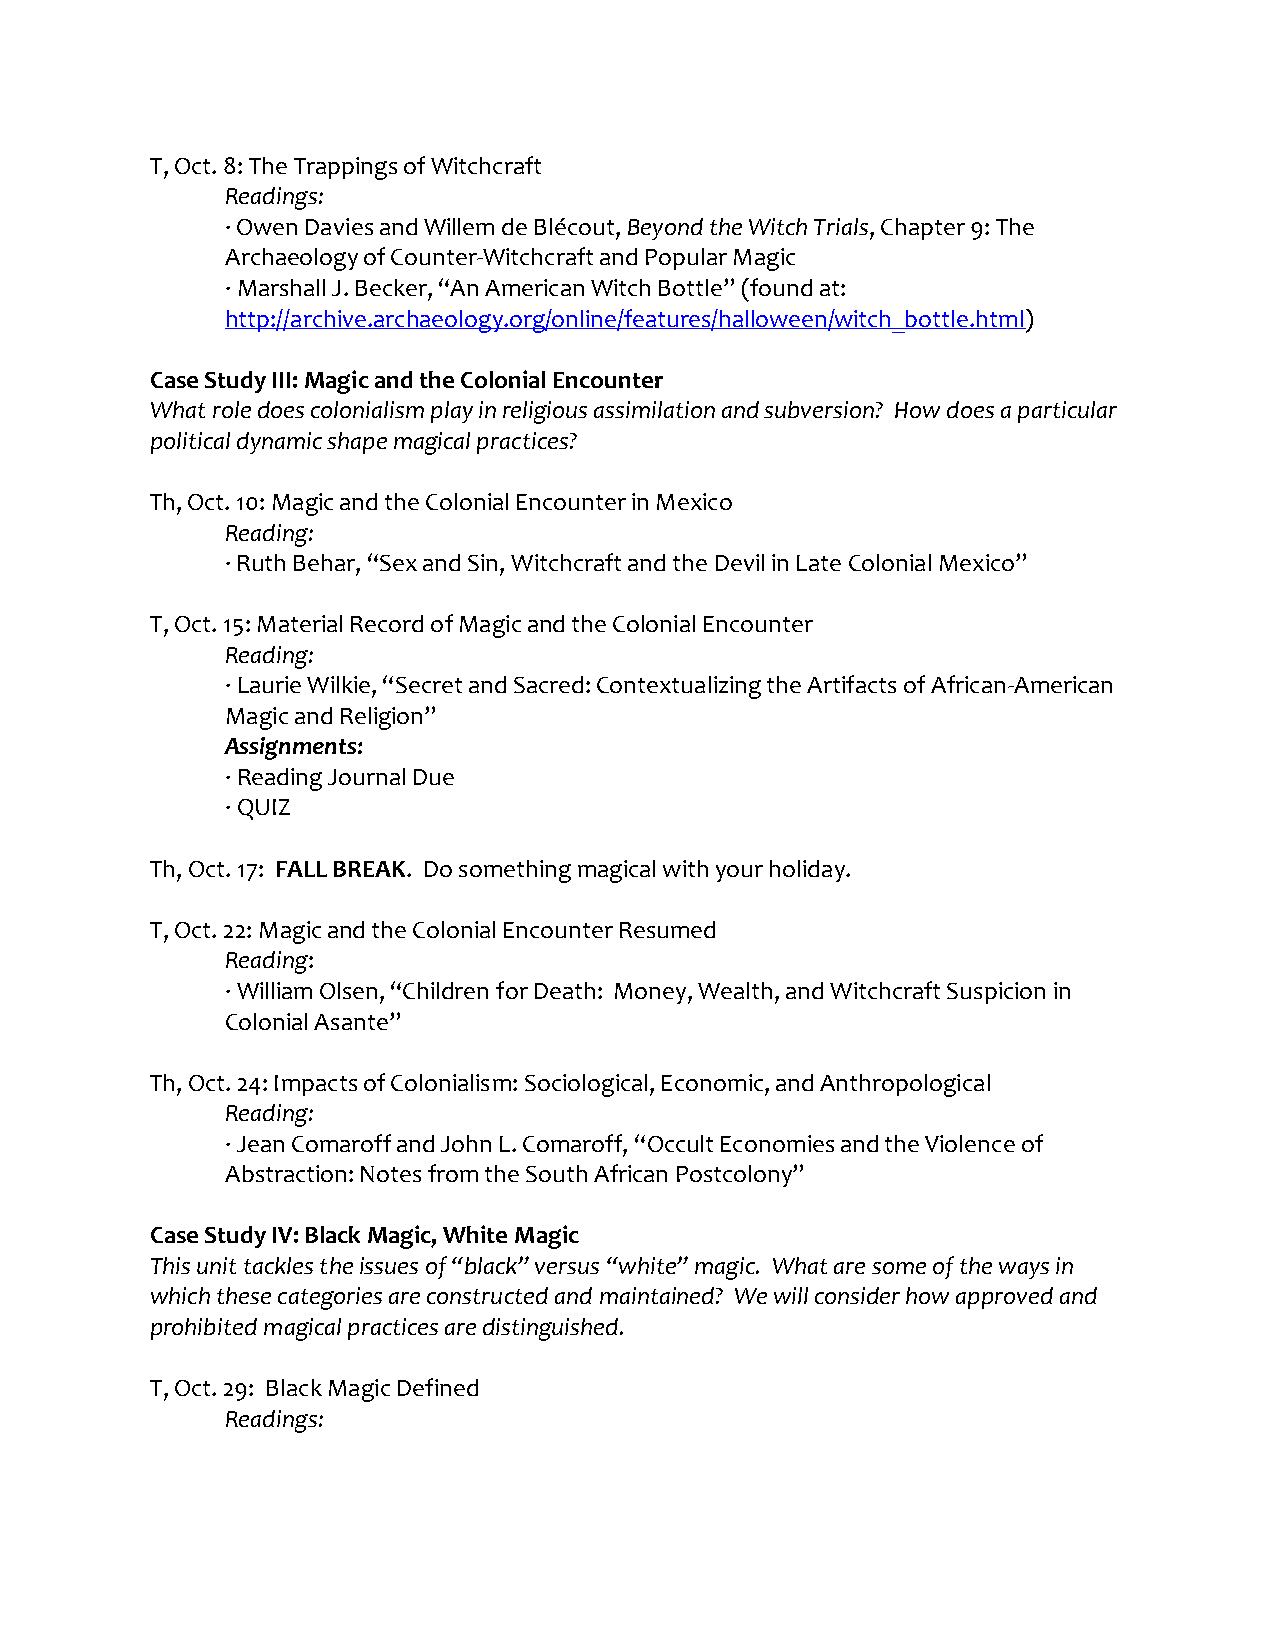
T, Oct. 8: The Trappings of Witchcraft
 Readings:
 · Owen Davies and Willem de Blécout, Beyond the Witch Trials, Chapter 9: The
 Archaeology of Counter-Witchcraft and Popular Magic
 · Marshall J. Becker, “An American Witch Bottle” (found at:
 http://archive.archaeology.org/online/features/halloween/witch_bottle.html)
 Case Study III: Magic and the Colonial Encounter
 What role does colonialism play in religious assimilation and subversion? How does a particular
 political dynamic shape magical practices?
 Th, Oct. 10: Magic and the Colonial Encounter in Mexico
 Reading:
 · Ruth Behar, “Sex and Sin, Witchcraft and the Devil in Late Colonial Mexico”
 T, Oct. 15: Material Record of Magic and the Colonial Encounter
 Reading:
 · Laurie Wilkie, “Secret and Sacred: Contextualizing the Artifacts of African-American
 Magic and Religion”
 Assignments:
 · Reading Journal Due
 · QUIZ
 Th, Oct. 17: FALL BREAK. Do something magical with your holiday.
 T, Oct. 22: Magic and the Colonial Encounter Resumed
 Reading:
 · William Olsen, “Children for Death: Money, Wealth, and Witchcraft Suspicion in
 Colonial Asante”
 Th, Oct. 24: Impacts of Colonialism: Sociological, Economic, and Anthropological
 Reading:
 · Jean Comaroff and John L. Comaroff, “Occult Economies and the Violence of
 Abstraction: Notes from the South African Postcolony”
 Case Study IV: Black Magic, White Magic
 This unit tackles the issues of “black” versus “white” magic. What are some of the ways in
 which these categories are constructed and maintained? We will consider how approved and
 prohibited magical practices are distinguished.
 T, Oct. 29: Black Magic Defined
 Readings: